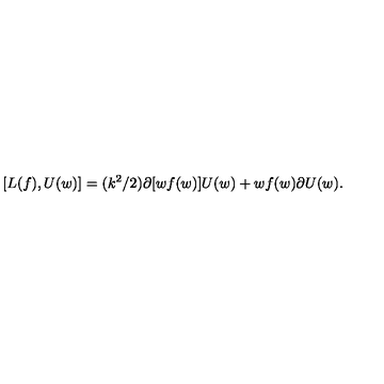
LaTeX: [ L ( f ) , U ( w ) ] = ( k ^ { 2 } / 2 ) \partial [ w f ( w ) ] U ( w ) + w f ( w ) \partial U ( w ) .